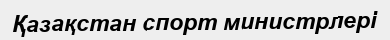
Қазақстан спорт министрлері